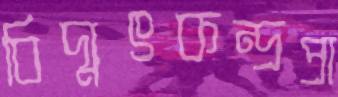
বিদ্যুৎকন্দ্রপ্রা